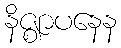
နိဇ္ဈာပနေန